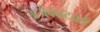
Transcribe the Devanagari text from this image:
अजैवघटकों